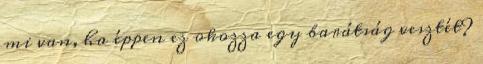
mi van, ha éppen ez okozza egy barátság vesztét?